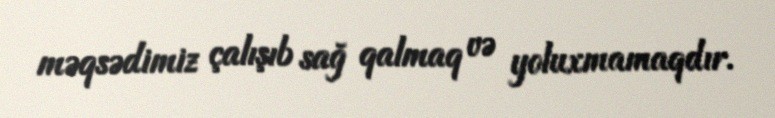
məqsədimiz çalışıb sağ qalmaq və yoluxmamaqdır.